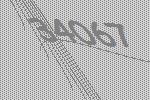
34067